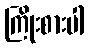
ကြိုးစားပါ